Annual report on the Civil Veterinary Department, Burma (including the Insein Veterinary School) - 1910-1922
Year: 1910
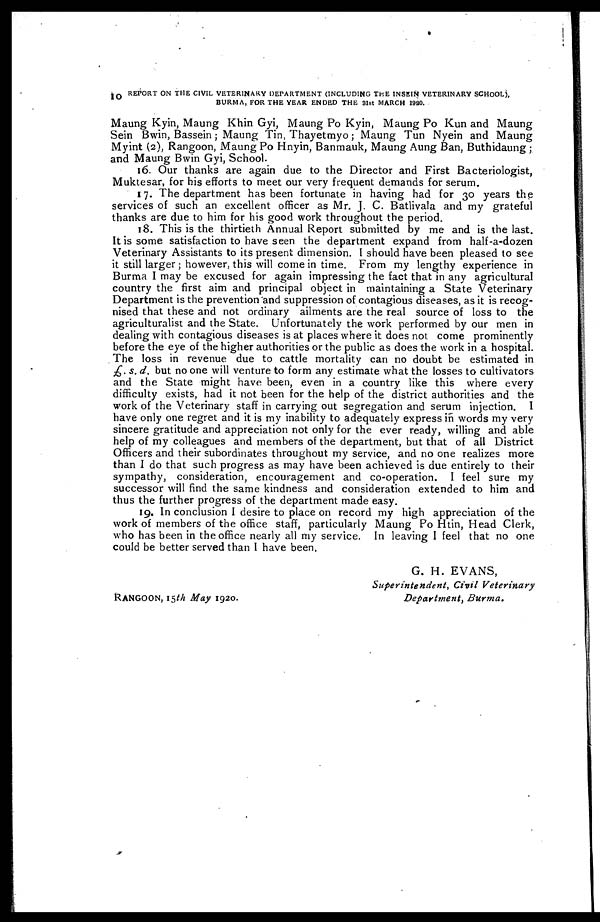
10 REPORT ON THE CIVIL VETERINARY DEPARTMENT (INCLUDING THE INSEIN VETERINARY SCHOOL).
BURMA, FOR THE YEAR ENDED THE 81st MARCH 1980.
Maung Kyin, Maung Khin Gyi, Maung Po Kyin, Maung Po Kun and Maung
Sein Bwin, Bassein ; Maung Tin, Thayetmyo; Maung Tun Nyein and Maung
Myint (2), Rangoon, Maung Po Hnyin, Banmauk, Maung Aung Ban, Buthidaung ;
and Maung Bwin Gyi, School.
16. Our thanks are again due to the Director and First Bacteriologist,
Muktesar, for his efforts to meet our very frequent demands for serum.
17. The department has been fortunate in having had for 30 years the
services of such an excellent officer as Mr. J. C. Batlivala and my grateful
thanks are due to him for his good work throughout the period.
18. This is the thirtieth Annual Report submitted by me and is the last.
It is some satisfaction to have seen the department expand from half-a-dozen
Veterinary Assistants to its present dimension. I should have been pleased to see
it still larger ; however, this will come in time. From my lengthy experience in
Burma I may be excused for again impressing the fact that in any agricultural
country the first aim and principal object in maintaining a State Veterinary
Department is the prevention and suppression of contagious diseases, as it is recog-
nised that these and not ordinary ailments are the real source of loss to the
agriculturalist and the State. Unfortunately the work performed by our men in
dealing with contagious diseases is at places where it does not come prominently
before the eye of the higher authorities or the public as does the work in a hospital.
The loss in revenue due to cattle mortality can no doubt be estimated in
£. s. d. but no one will venture to form any estimate what the losses to cultivators
and the State might have been, even in a country like this where every
difficulty exists, had it not been for the help of the district authorities and the
work of the Veterinary staff in carrying out segregation and serum injection. I
have only one regret and it is my inability to adequately express in words my very
sincere gratitude and appreciation not only for the ever ready, willing and able
help of my colleagues and members of the department, but that of all District
Officers and their subordinates throughout my service, and no one realizes more
than I do that such progress as may have been achieved is due entirely to their
sympathy, consideration, encouragement and co-operation. I feel sure my
successor will find the same kindness and consideration extended to him and
thus the further progress of the department made easy.
19. In conclusion I desire to place on record my high appreciation of the
work of members of the office staff, particularly Maung Po Htin, Head Clerk,
who has been in the office nearly all my service. In leaving I feel that no one
could be better served than I have been.
G. H. EVANS,
Superintendent, Civil Veterinary
RANGOON, 15th May 1920.
Department, Burma.